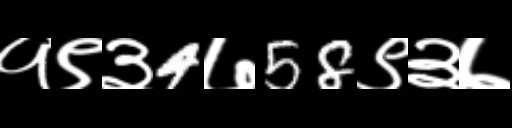
Text: १९३4७58९३७